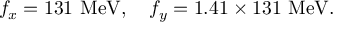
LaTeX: f _ { x } = 1 3 1 ~ \mathrm { M e V } , \ \ \ f _ { y } = 1 . 4 1 \times 1 3 1 ~ \mathrm { M e V } .